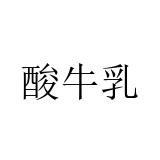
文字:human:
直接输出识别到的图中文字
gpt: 酸牛乳